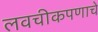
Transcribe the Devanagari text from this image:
लवचीकपणाचे